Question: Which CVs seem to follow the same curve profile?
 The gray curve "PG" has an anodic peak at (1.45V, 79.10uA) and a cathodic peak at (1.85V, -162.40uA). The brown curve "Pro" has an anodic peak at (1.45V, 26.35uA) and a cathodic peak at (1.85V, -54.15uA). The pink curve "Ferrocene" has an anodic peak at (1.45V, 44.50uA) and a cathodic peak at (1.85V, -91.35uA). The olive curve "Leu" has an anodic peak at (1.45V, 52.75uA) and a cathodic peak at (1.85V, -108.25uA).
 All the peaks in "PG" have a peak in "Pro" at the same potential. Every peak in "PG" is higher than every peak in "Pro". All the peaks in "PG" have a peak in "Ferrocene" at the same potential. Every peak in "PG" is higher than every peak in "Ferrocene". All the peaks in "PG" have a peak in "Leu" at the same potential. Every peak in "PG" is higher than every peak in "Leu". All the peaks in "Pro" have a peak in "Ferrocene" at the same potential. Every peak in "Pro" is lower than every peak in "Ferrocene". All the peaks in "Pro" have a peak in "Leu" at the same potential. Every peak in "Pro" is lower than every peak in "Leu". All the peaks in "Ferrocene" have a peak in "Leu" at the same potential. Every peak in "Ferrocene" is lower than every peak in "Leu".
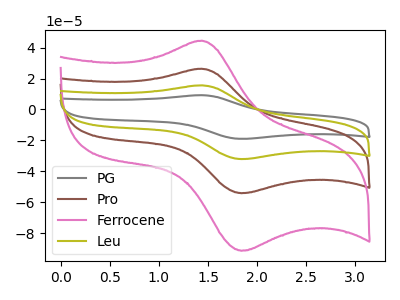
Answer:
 <answer>"Ferrocene", "PG", "Pro" and "Leu" have the same shape and are likely CV's of the same chemical.</answer>
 <eval>"Ferrocene" "PG" "Pro" "Leu"</eval>